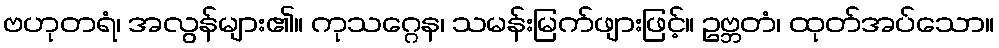
ဗဟုတရံ၊ အလွန်များ၏။ ကုသဂ္ဂေန၊ သမန်းမြက်ဖျားဖြင့်။ ဥဗ္ဘတံ၊ ထုတ်အပ်သော။